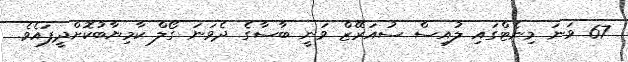
67 ވަނަ މިނެޓްގައި ލުއިސް ސުއަރޭޒް ވަނީ ބާސާގެ ދެވަނަ ގޯލް ކާމިޔާބުކޮށްދީފައެވެ.